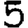
Digit: 5